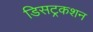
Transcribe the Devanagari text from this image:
डिसट्रकशन